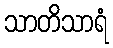
သာတိသာရံ